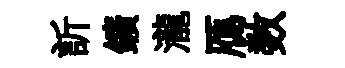
訢鑛瀧鴈数